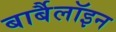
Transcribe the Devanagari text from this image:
बार्बैलॉइन